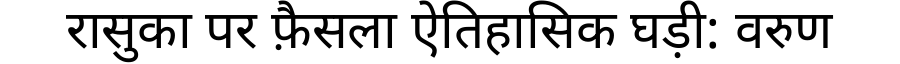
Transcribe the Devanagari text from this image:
रासुका पर फ़ैसला ऐतिहासिक घड़ी: वरुण